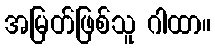
အမြတ်ဖြစ်သူ ဂါထာ။